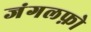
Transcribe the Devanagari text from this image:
जंगलफ़ो